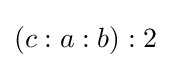
(c:a:b):2